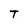
Character: T